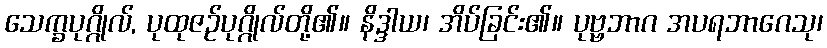
သေက္ခပုဂ္ဂိုလ်, ပုထုဇဉ်ပုဂ္ဂိုလ်တို့၏။ နိဒ္ဒါယ၊ အိပ်ခြင်း၏။ ပုဗ္ဗဘာဂ အပရဘာဂေသု၊